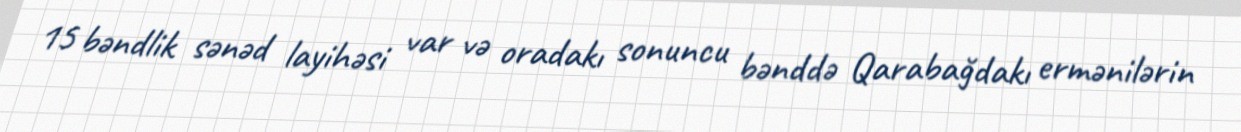
15 bəndlik sənəd layihəsi var və oradakı sonuncu bənddə Qarabağdakı ermənilərin